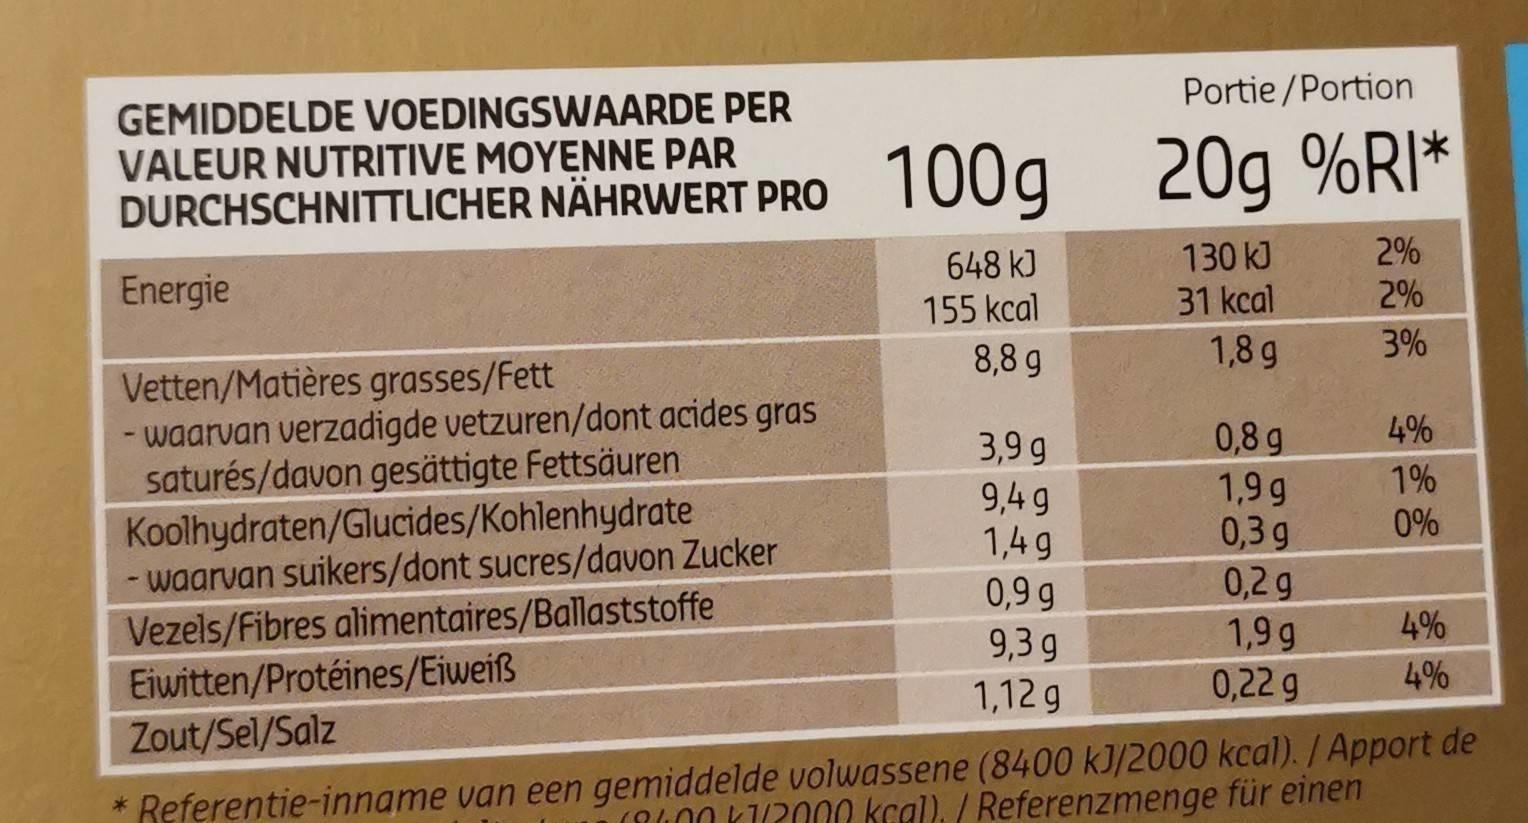
Portie /Portion GEMIDDELDE VOEDINGSWAARDE PER VALEUR NUTRITIVE MOYENNE PAR DURCHSCHNITTLICHER NÄHRWERT PRO 20g %RI* T00g 130 kJ 31 kcal 2% 2% 648 kJ Energie 155 kcal 3% 1,8g 8,8g Vetten/Matières grasses/Fett - waarvan verzadigde vetzuren/dont acides gras saturés/davon gesättigte Fettsäuren Koolhydraten/Glucides/Kohlenhydrate waarvan suikers/dont sucres/davon Zucker Vezels/Fibres alimentaires/Ballaststoffe Eiwitten/Protéines/Eiweiß Zout/Sel/Salz 4% 0,8 g 1,9 g 0,3g 0,2g 1,9 g 0,22 g 3,9 g 9,4 g 1,4 9 1% 0% 0,9 g 4% 9,3 g 1,12 g 4% * Referentie-inname van een gemiddelde volwassene (8400 kJ/2000 kcal). /Apport de (RG00 K12000 kcal). / Referenzmenge für einen